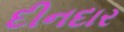
દીનદાર